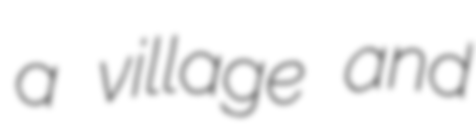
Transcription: a village and